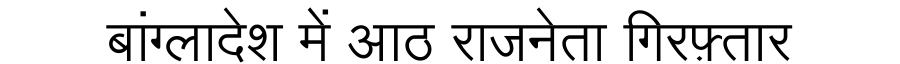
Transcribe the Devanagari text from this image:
बांग्लादेश में आठ राजनेता गिरफ़्तार